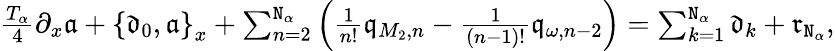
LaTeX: \begin{array}{r}{\frac{T_{\alpha}}4\partial_{x}\mathfrak{a}+\left\{ \mathfrak{d}_{0},\mathfrak{a}\right\} _{x}+\sum_{n=2}^{\mathtt{N}_{\alpha}}\left(\frac{1}{n!}\mathfrak{q}_{M_{2},n}-\frac{1}{(n-1)!}\mathfrak{q}_{\omega,n-2}\right)=\sum_{k=1}^{\mathtt{N}_{\alpha}}\mathfrak{d}_{k}+\mathfrak{r}_{\mathtt{N}_{\alpha}},}\end{array}